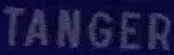
TANGER